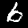
Digit: 6